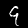
Digit: 9